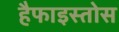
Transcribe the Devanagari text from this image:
हैफाइस्तोस